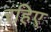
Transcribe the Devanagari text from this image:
रहिए